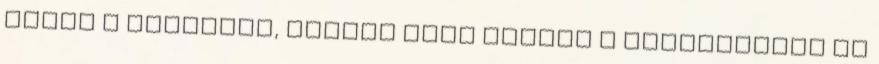
ebben a világban, elment vele együtt a birodalmába és